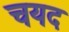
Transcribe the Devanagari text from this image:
चयद